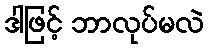
ဒါဖြင့် ဘာလုပ်မလဲ